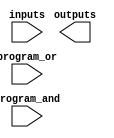
module FlashProgrammablePAL #(
    parameter NUM_INPUTS      = 4,       // Number of input lines
    parameter NUM_AND_GATES   = 4,       // Number of AND gates (product terms)
    parameter NUM_OUTPUTS     = 2        // Number of output lines
)(
    input wire [NUM_INPUTS-1:0]  inputs,     // Input Lines
    input wire [NUM_AND_GATES-1:0] program_and, // Programmable connections for AND gates
    input wire [NUM_OUTPUTS-1:0] program_or,  // Programmable connections for OR gates
    output wire [NUM_OUTPUTS-1:0] outputs      // Output Lines
);

// AND gate outputs
wire [NUM_AND_GATES-1:0] and_outputs;

// Programmable AND array
genvar i, j;
generate
    for (i = 0; i < NUM_AND_GATES; i = i + 1) begin : and_gates
        assign and_outputs[i] = (program_and[i] & inputs[0]) |
                                 (program_and[i+NUM_AND_GATES] & inputs[1]) |
                                 (program_and[i+2*NUM_AND_GATES] & inputs[2]) |
                                 (program_and[i+3*NUM_AND_GATES] & inputs[3]);
    end
endgenerate

// OR gate outputs
generate
    for (j = 0; j < NUM_OUTPUTS; j = j + 1) begin : or_gate
        assign outputs[j] = |and_outputs[program_or[j*NUM_AND_GATES +: NUM_AND_GATES]];
    end
endgenerate

endmodule